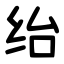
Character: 绐